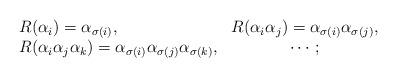
LaTeX: \begin{align*}\begin{array}{lc}R(\alpha_i)=\alpha_{\sigma (i)}, & R(\alpha_i \alpha_j)=\alpha_{\sigma (i)}\alpha_{\sigma (j)},\\R(\alpha_i \alpha_j \alpha_k)=\alpha_{\sigma (i)} \alpha_{\sigma (j)} \alpha_{\sigma (k)}, & \cdots ;\end{array}\end{align*}